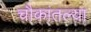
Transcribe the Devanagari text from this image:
चौकांतल्या